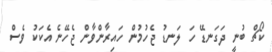
ކޯޗް ބުނީ ދަގަނޑޭ ހަ ލަނޑު ޖެހުމުން ހައިރާންވާން ޖެހޭނެ އެކަކު ވެސް